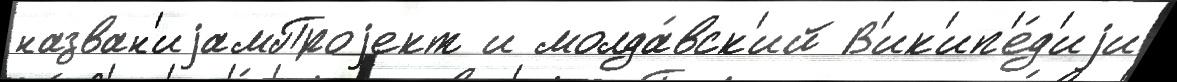
назван'иjамПроjект и молда́вск'ий В'ик'ип'е́д'иjи